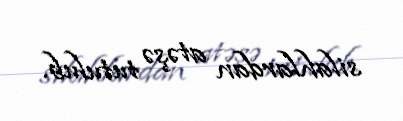
silahlardan atəşə tutulub.